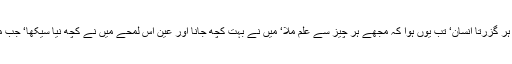
بادل‘ درخت‘ دریا اور جنگل‘ ہر گزرتا انسان‘ تب یوں ہوا کہ مجھے ہر چیز سے علم ملا‘ میں نے بہت کچھ جانا اور عین اس لمحے میں نے کچھ نیا سیکھا‘ جب مجھے اس کی ضرورت تھی۔